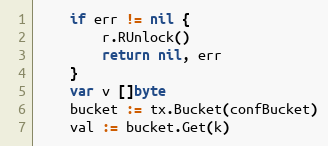
Language: Go
	if err != nil {
		r.RUnlock()
		return nil, err
	}
	var v []byte
	bucket := tx.Bucket(confBucket)
	val := bucket.Get(k)